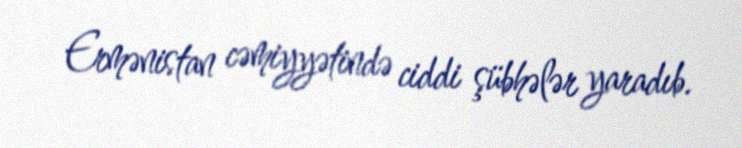
Ermənistan cəmiyyətində ciddi şübhələr yaradıb.